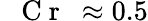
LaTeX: \mathrm{~\textit~{~C~r~}~}{}\approx 0.5